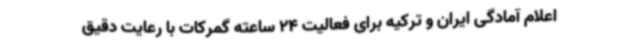
اعلام آمادگی ایران و ترکیه برای فعالیت 24 ساعته گمرکات با رعایت دقیق